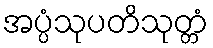
အပ္ပံသုပတိသုတ္တံ